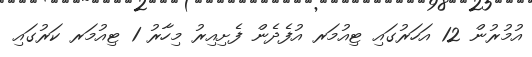
އުމުރުން 12 އަހަރުގައި ޓިއުމަރ އުފެދެން ފެށިއިރު މިހާރު 1 ޓިއުމަރ ކަރުގައި